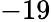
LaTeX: -19